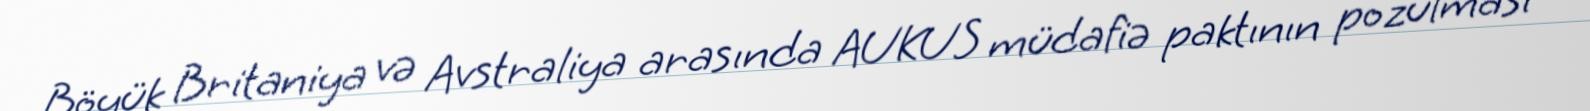
Böyük Britaniya və Avstraliya arasında AUKUS müdafiə paktının pozulması